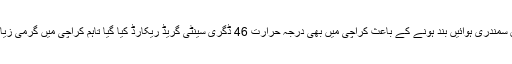
محکمہ موسمیات کے مطابق سمندری ہوائیں بند ہونے کے باعث کراچی میں بھی درجہ حرارت 46 ڈگری سینٹی گریڈ ریکارڈ کیا گیا تاہم کراچی میں گرمی زیادہ دیر برقرار نہیں رہے گی۔